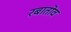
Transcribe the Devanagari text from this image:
रबातोव